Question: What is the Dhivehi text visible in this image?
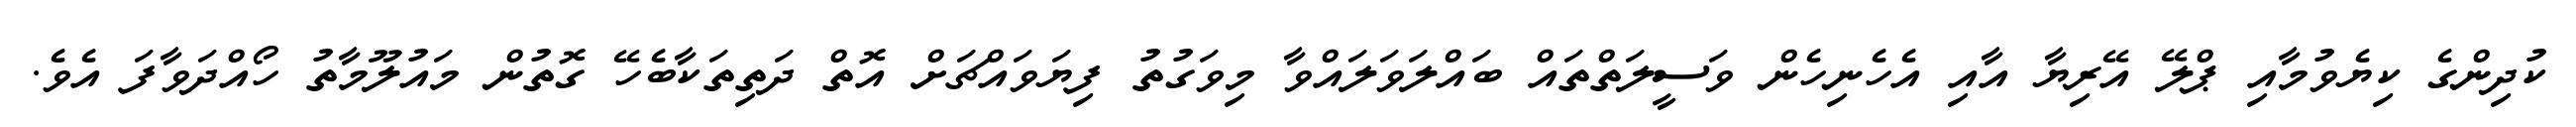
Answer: ކުދިންގެ ކިޔެވުމާއި ޕްލޭ އޭރިޔާ އާއި އެހެނިހެން ވަސީލަތްތައް ބައްލަވަލައްވާ މިވަގުތު ފިޔަވައްޗަށް އޮތް ދަތިތަކާބެހޭ ގޮތުން މައުލޫމާތު ހޯއްދަވާފަ އެވެ.